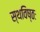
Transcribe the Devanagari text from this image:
स्थविष्ठः